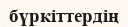
бүркіттердің